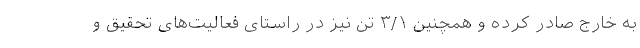
به خارج صادر کرده و همچنین ۳/۱ تن نیز در راستای فعالیت‌های تحقیق و